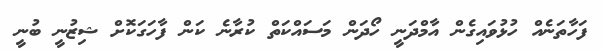
ފަހާތަނެއް ހުޅުވައިގެން އާމްދަނީ ހޯދަން މަސައްކަތް ކުރާނެ ކަން ފާހަގަކޮށް ޝިޒުނީ ބުނީ